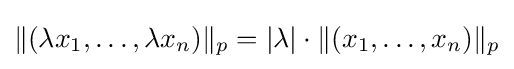
\|(\lambda x_{1},\ldots ,\lambda x_{n})\|_{p}=|\lambda |\cdot \|(x_{1},\ldots ,x_{n})\|_{p}